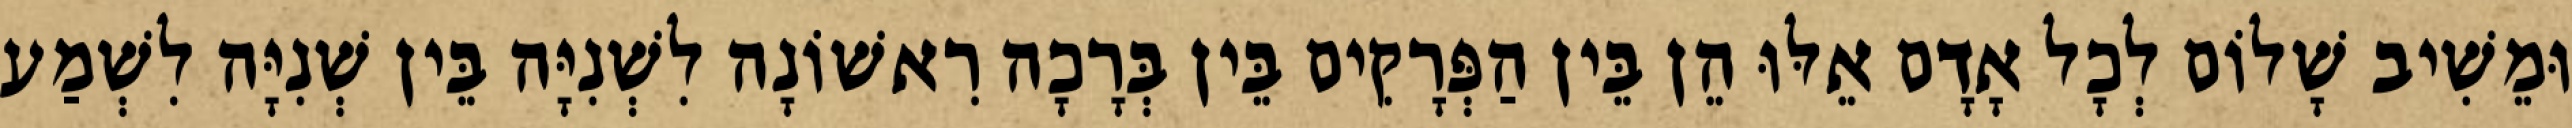
וּמֵשִׁיב שָׁלוֹם לְכָל אָדָם אֵלּוּ הֵן בֵּין הַפְּרָקִים בֵּין בְּרָכָה רִאשׁוֹנָה לִשְׁנִיָּה בֵּין שְׁנִיָּה לִשְׁמַע